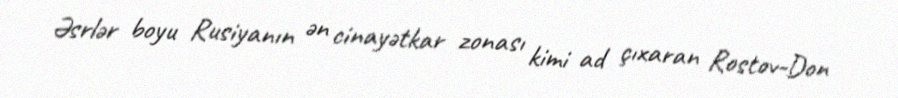
Əsrlər boyu Rusiyanın ən cinayətkar zonası kimi ad çıxaran Rostov-Don